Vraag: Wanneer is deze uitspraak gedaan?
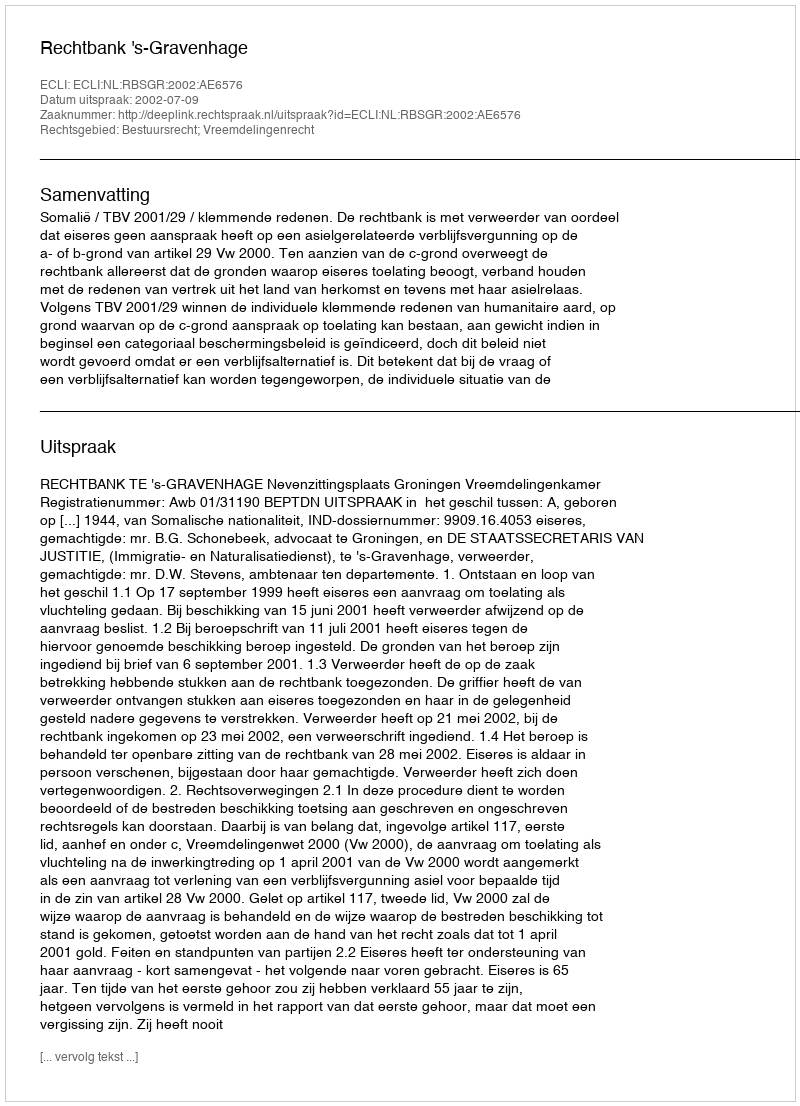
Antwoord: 2002-07-09